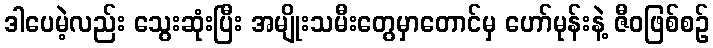
ဒါပေမဲ့လည်း သွေးဆုံးပြီး အမျိုးသမီးတွေမှာတောင်မှ ဟော်မုန်းနဲ့ ဇီဝဖြစ်စဉ်